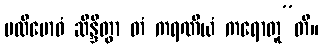
ပလိဗောဓံ ဆိန္ဒိတွာ တံ ကရဏီယံ ကရောတူ”တိ။